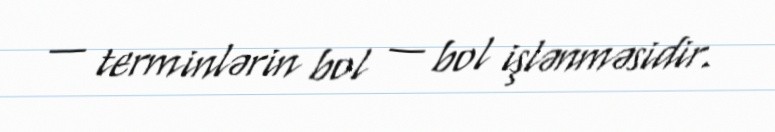
— terminlərin bol — bol işlənməsidir.